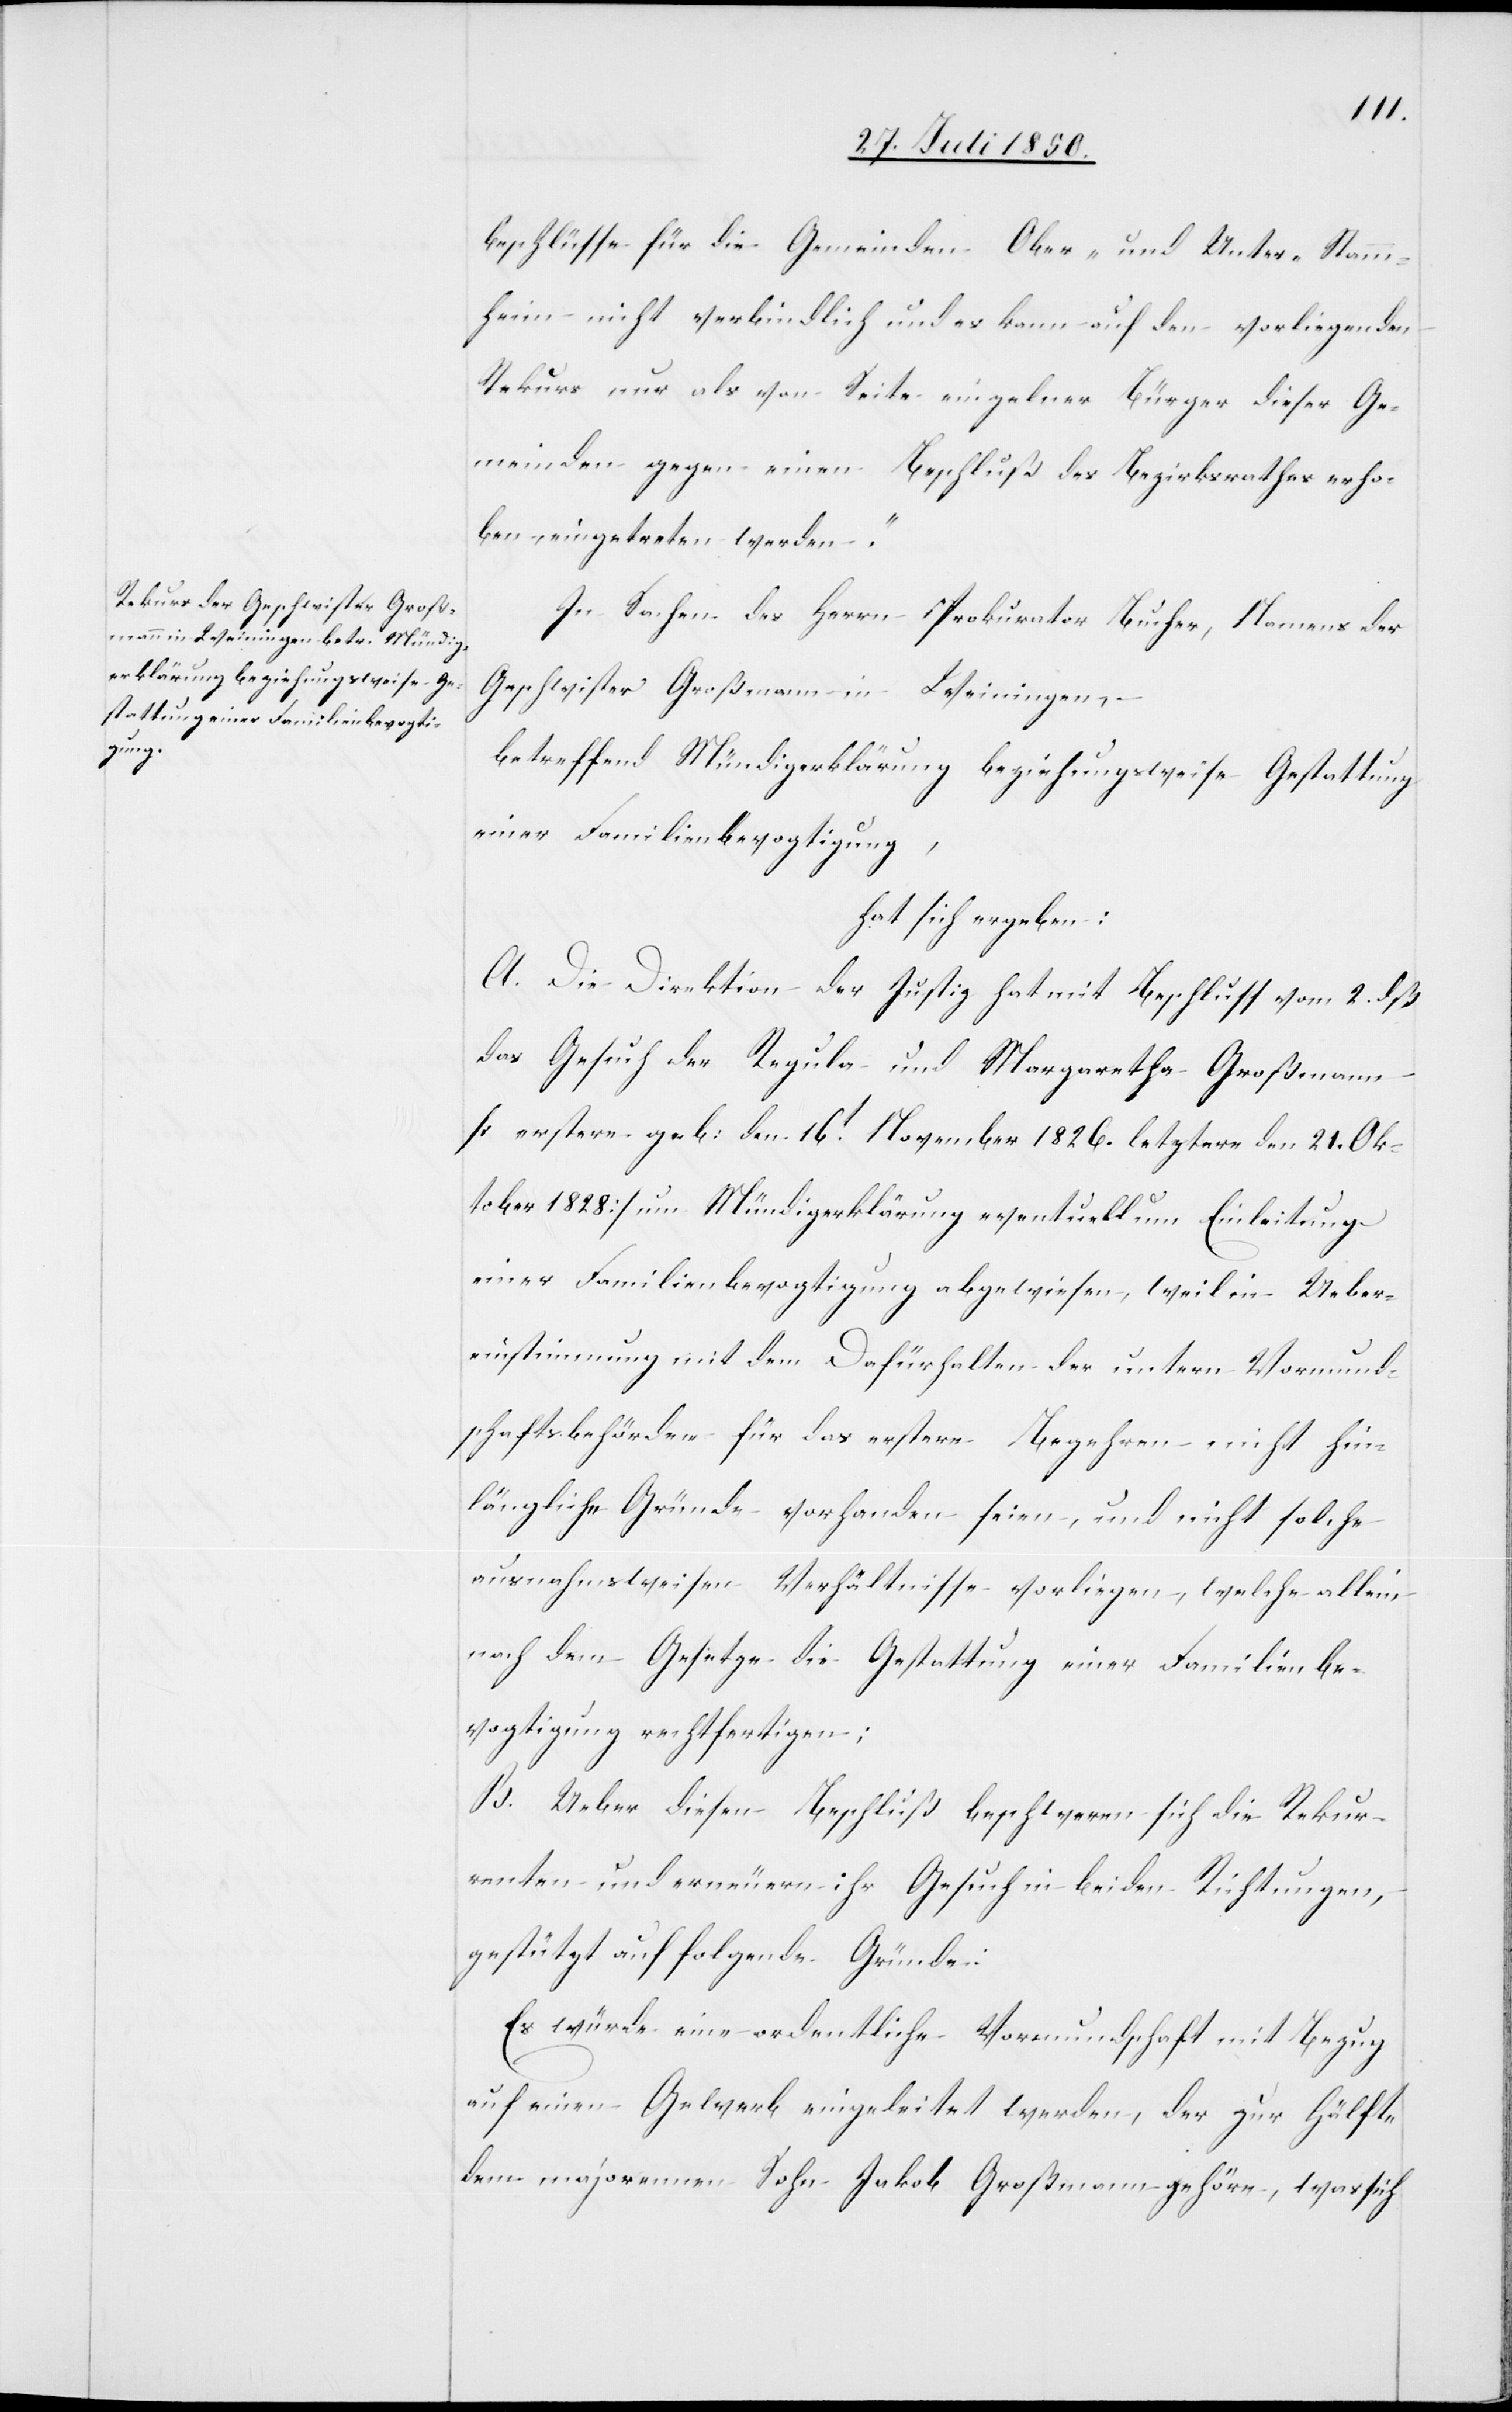
beschlüsse für die Gemeinden Ober- und Unter-Stamm¬
heim nicht verbindlich und es kann auf den vorliegenden
Rekurs nur als von Seite einzelner Bürger dieser Ge¬
meinden gegen einen Beschluß des Bezirksrathes erho¬
ben, eingetreten werden.“
In Sachen des Herrn Prokurator Bucher, Namens der
Geschwister Großmann in Weiningen,
betreffend Mündigerklärung beziehungsweise Gestattung
einer Familienbevogtigung,
hat sich ergeben:
A. Die Direktion der Justiz hat mit Beschluss vom 2. dß
das Gesuch der Regula und Margaretha Großmann
[erstere geb: den 16t November 1826. letztere den 21. Ok¬
tober 1828] um Mündigerklärung eventuell um Einleitung
einer Familienbevogtigung abgewiesen, weil in Ueber¬
einstimmung und dem Dafürhalten der untern Vormund¬
schaftsbehörden für das erstere Begehren nicht hin¬
längliche Gründe vorhanden seien, und nicht solche
ausnahmsweisen Verhältnisse vorliegen, welche allein
nach dem Gesetze die Gestattung einer Familienbe¬
vogtigung rechtfertigen;
B. Ueber diesen Beschluß beschweren sich die Rekur¬
renten und erneuern ihr Gesuch in beiden Richtungen,
gestützt auf folgende Gründe:
Es würde eine ordentliche Vormundschaft mit Bezug
auf einen Gewerb eingeleitet werden, der zur Hälfte
dem majorennen Sohn Jakob Großmann gehöre, was sich